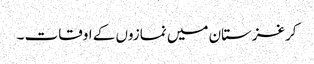
کرغزستان میں نمازوں کے اوقات ۔